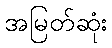
အမြတ်ဆုံး